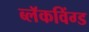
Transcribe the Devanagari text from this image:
ब्लॅकविंग्ड